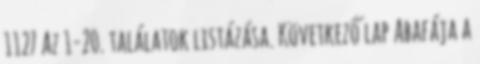
1127 Az 1-20. találatok listázása. Következő lap Abafája a